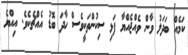
ކަމެއް ބަދަލު ވާން ވެއްޖެއްޔާ ފަޅި ސިކުންތަކީވެސް ހާދަ ބޮޑު އެއްޗެކެވެ. އިއްޔެ